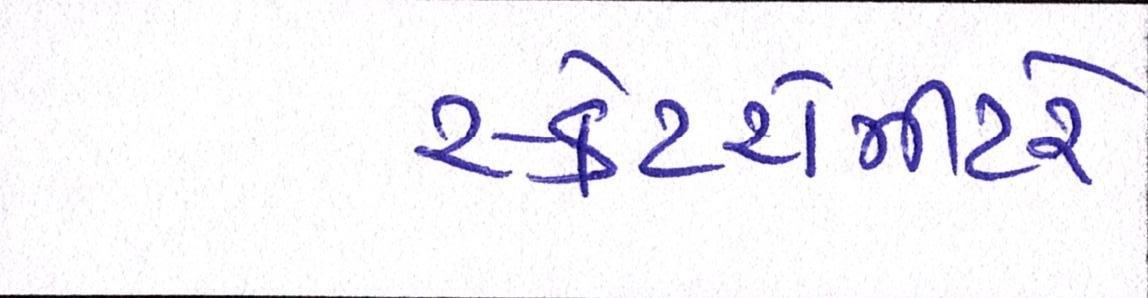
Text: સ્કેટરોમીટરે